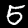
Digit: 5